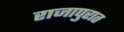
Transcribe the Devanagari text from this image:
राजापुरात